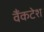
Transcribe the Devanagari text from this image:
वैंकटेश